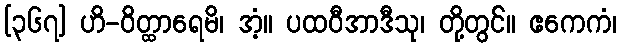
[၃၆၇] ဟိ-ဝိတ္ထာရေမိ၊ အံ့။ ပထဝီအာဒီသု၊ တို့တွင်။ ဧကေကံ၊